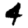
Digit: 4